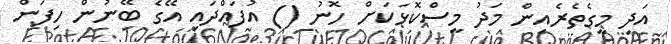
އަދި މީގެތެރެއިން މަދު މީސްކޮޅަކަށް ހޮނު () އުފައްދައި އޭގެ ބޭނުން ހިފަން